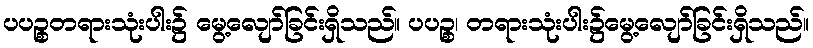
ပပဉ္စတရားသုံးပါး၌ မွေ့လျော်ခြင်းရှိသည်။ ပပဉ္စ၊ တရားသုံးပါး၌မွေ့လျော်ခြင်းရှိသည်။